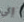
إلى